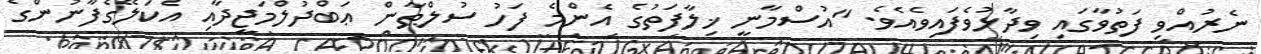
ނެރުއްވި ފަތުވާގައި ވިދާޅުވެފައިވެއެވެ. "އުސްމާނީ ޚިލާފަތުގެ އެންމެ ފަހު ސުުލްޠާން ޢަބްދުލްމަޖީދާއި އެކަލޭގެފާނުންގެ